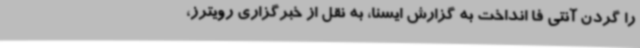
را گردن آنتی فا انداخت به گزارش ایسنا، به نقل از خبرگزاری رویترز،